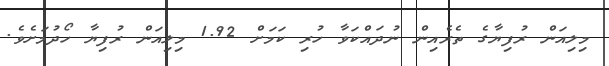
މިލިއަން ރުފިޔާގެ ތެރެއިން ނުދައްކަވާ ހުރި ކަމަށް 1.92 މިލިއަން ރުފިޔާ ހޯދުމަށެވެ.